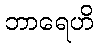
ဘာရေဟိ